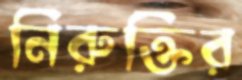
নিরুক্তির